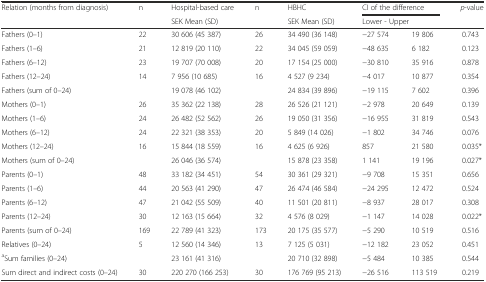
<table><thead><tr><td rowspan="2"><b>Relation (months from diagnosis)</b></td><td rowspan="2"><b>n</b></td><td><b>Hospital-based care</b></td><td rowspan="2"><b>n</b></td><td><b>HBHC</b></td><td colspan="2"><b>CI of the difference</b></td><td rowspan="2"><b><i>p</i>-value</b></td></tr><tr><td><b>SEK Mean (SD)</b></td><td><b>SEK Mean (SD)</b></td><td colspan="2"><b>Lower - Upper</b></td></tr></thead><tbody><tr><td>Fathers (0–1)</td><td>22</td><td>30 606 (45 387)</td><td>26</td><td>34 490 (36 148)</td><td>−27 574</td><td>19 806</td><td>0.743</td></tr><tr><td>Fathers (1–6)</td><td>21</td><td>12 819 (20 110)</td><td>22</td><td>34 045 (59 059)</td><td>−48 635</td><td>6 182</td><td>0.123</td></tr><tr><td>Fathers (6–12)</td><td>23</td><td>19 707 (70 008)</td><td>20</td><td>17 154 (25 000)</td><td>−30 810</td><td>35 916</td><td>0.878</td></tr><tr><td>Fathers (12–24)</td><td>14</td><td>7 956 (10 685)</td><td>16</td><td>4 527 (9 234)</td><td>−4 017</td><td>10 877</td><td>0.354</td></tr><tr><td>Fathers (sum of 0–24)</td><td></td><td>19 078 (46 102)</td><td></td><td>24 834 (39 896)</td><td>−19 115</td><td>7 602</td><td>0.396</td></tr><tr><td>Mothers (0–1)</td><td>26</td><td>35 362 (22 138)</td><td>28</td><td>26 526 (21 121)</td><td>−2 978</td><td>20 649</td><td>0.139</td></tr><tr><td>Mothers (1–6)</td><td>24</td><td>26 482 (52 562)</td><td>26</td><td>19 050 (31 356)</td><td>−16 955</td><td>31 819</td><td>0.543</td></tr><tr><td>Mothers (6–12)</td><td>24</td><td>22 321 (38 353)</td><td>20</td><td>5 849 (14 026)</td><td>−1 802</td><td>34 746</td><td>0.076</td></tr><tr><td>Mothers (12–24)</td><td>16</td><td>15 844 (18 559)</td><td>16</td><td>4 625 (6 926)</td><td>857</td><td>21 580</td><td>0.035*</td></tr><tr><td>Mothers (sum of 0–24)</td><td></td><td>26 046 (36 574)</td><td></td><td>15 878 (23 358)</td><td>1 141</td><td>19 196</td><td>0.027*</td></tr><tr><td>Parents (0–1)</td><td>48</td><td>33 182 (34 451)</td><td>54</td><td>30 361 (29 321)</td><td>−9 708</td><td>15 351</td><td>0.656</td></tr><tr><td>Parents (1–6)</td><td>44</td><td>20 563 (41 290)</td><td>47</td><td>26 474 (46 584)</td><td>−24 295</td><td>12 472</td><td>0.524</td></tr><tr><td>Parents (6–12)</td><td>47</td><td>21 042 (55 509)</td><td>40</td><td>11 501 (20 811)</td><td>−8 937</td><td>28 017</td><td>0.308</td></tr><tr><td>Parents (12–24)</td><td>30</td><td>12 163 (15 664)</td><td>32</td><td>4 576 (8 029)</td><td>−1 147</td><td>14 028</td><td>0.022*</td></tr><tr><td>Parents (sum of 0–24)</td><td>169</td><td>22 789 (41 323)</td><td>173</td><td>20 175 (35 577)</td><td>−5 290</td><td>10 519</td><td>0.516</td></tr><tr><td>Relatives (0–24)</td><td>5</td><td>12 560 (14 346)</td><td>13</td><td>7 125 (5 031)</td><td>−12 182</td><td>23 052</td><td>0.451</td></tr><tr><td><sup>a</sup>Sum families (0–24)</td><td></td><td>23 161 (41 316)</td><td></td><td>20 710 (32 898)</td><td>−5 484</td><td>10 385</td><td>0.544</td></tr><tr><td>Sum direct and indirect costs (0–24)</td><td>30</td><td>220 270 (166 253)</td><td>30</td><td>176 769 (95 213)</td><td>−26 516</td><td>113 519</td><td>0.219</td></tr></tbody></table>